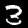
Label: 3